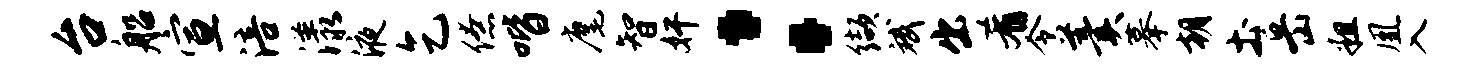
台船宣涪漾液乞僚喈麾智奸：缬斌出肴令羹摹朝土岳粗凰入